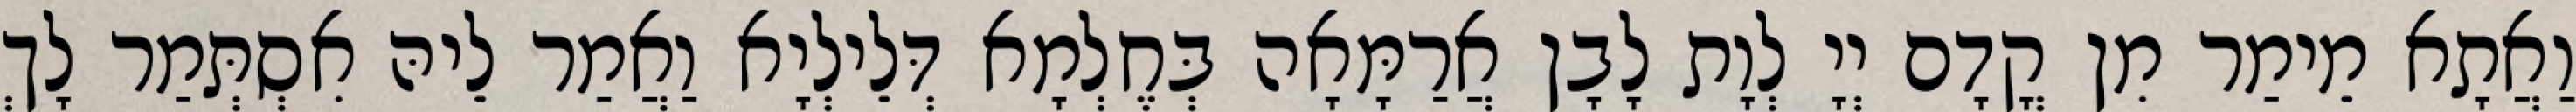
וַאֲתָא מֵימַר מִן קֳדָם יְיָ לְוָת לָבָן אֲרַמָּאָה בְּחֶלְמָא דְּלֵילְיָא וַאֲמַר לֵיהּ אִסְתְּמַר לָךְ